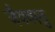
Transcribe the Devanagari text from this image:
जैववस्तु